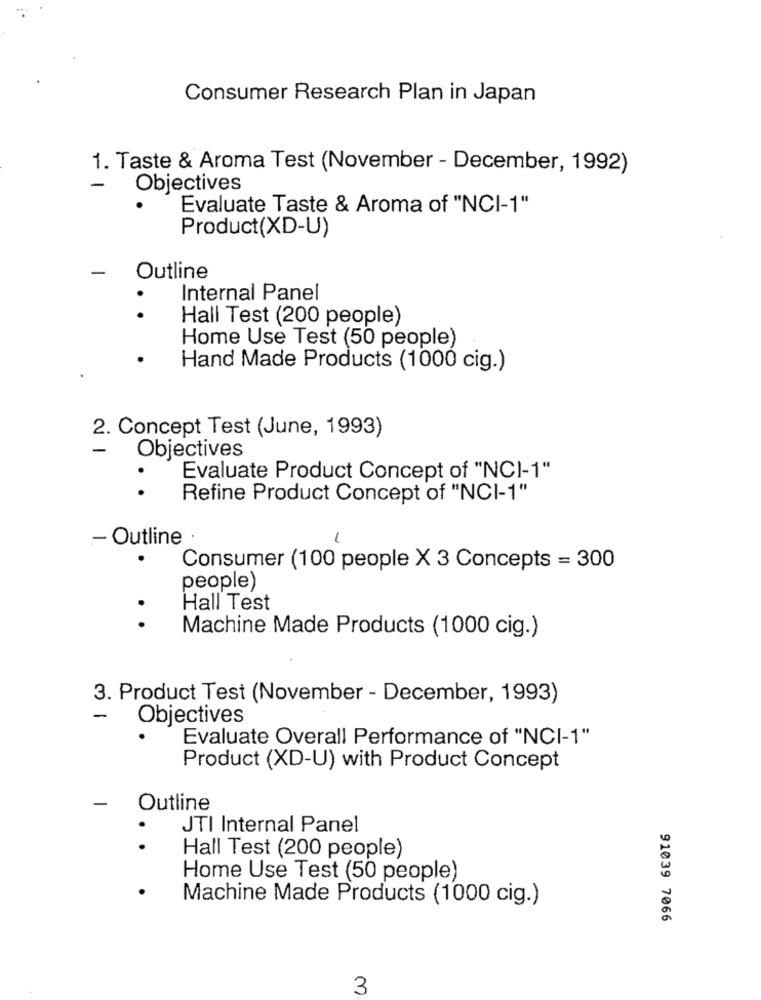
Consumer Research Plan in Japan
1. Taste & Aroma Test (November - December, 1992)
-
Objectives
Evaluate Taste & Aroma of "NCI-1"
Product(XD-U)
Outline
.
Internal Panel
.
Hall Test (200 people)
Home Use Test (50 people)
Hand Made Products (1000 cig.)
2. Concept Test (June, 1993)
-
Objectives
Evaluate Product Concept of "NCI-1"
. .
Refine Product Concept of "NCI-1"
.- Outline
.
Consumer (100 people X 3 Concepts = 300
people)
Hall Test
. .
Machine Made Products (1000 cig.)
3. Product Test (November - December, 1993)
-
Objectives
Evaluate Overall Performance of "NCI-1"
Product (XD-U) with Product Concept
Outline
.
JTI Internal Panel
Hall Test (200 people)
Home Use Test (50 people)
Machine Made Products (1000 cig.)
91039 7066
3